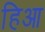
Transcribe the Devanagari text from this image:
हिआ